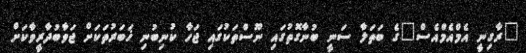
"ރާގިނީ އެމްއެމްއެސް"ގެ ބަތަލާ ސަނީ ބުނާގޮތުގައި ނޫސްތަކުގައި ޖަހާ ކުނިބުނި ޚަބަރުތަކަށް ޖަވާބުދާރީވާކަށް